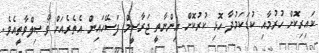
ކައިރިކޮށް ހުރުމާއި ކުޑަކަމުދާ ހޮޅި ކުރުކޮށް އިންނާތީ ޖަރާސީމް ފަސޭހައިން އެތެރެއަށް ވާޞިލްވާތީއެވެ.